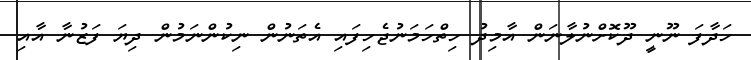
ހަދާފަ ނޫނީ ދޫކޮށްނުލާނަން އާމިދު ހިތްހަމަނުޖެހިފައި އެތަނުން ނިކުންނަމުން ދިޔަ ފަޒުނާ އާއި